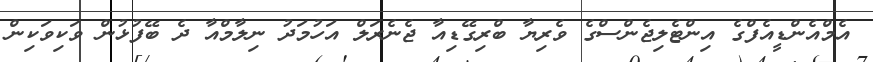
އެމްއެންޑީއެފްގެ އިންޓެލިޖެންސްގެ ވެރިޔާ ބްރިގޭޑިއާ ޖެނެރަލް އަހުމަދު ނިލާމްއާ ދެ ބޭފުޅުން ވަކިވަކިން